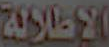
الإطلالة